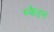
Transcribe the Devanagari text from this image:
स्कैइन